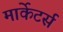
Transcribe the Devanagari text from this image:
मार्केटर्स